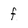
Character: f